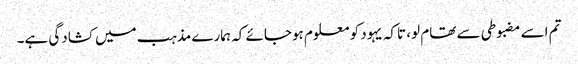
تم اسے مضبوطی سے تھام لو، تاکہ یہود کو معلوم ہوجائے کہ ہمارے مذہب میں کشادگی ہے۔